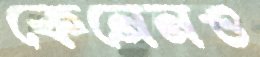
কেনেনও